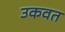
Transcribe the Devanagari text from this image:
उकवत